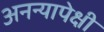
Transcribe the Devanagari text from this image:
अनन्यापेक्षी